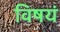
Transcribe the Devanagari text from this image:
विषयं